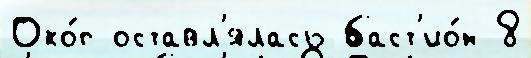
Око́п оставл'ялась баст'ио́н 8